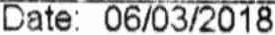
DATE: 06/03/2018